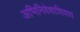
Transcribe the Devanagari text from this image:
अभिनिवेशाशिवाय